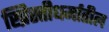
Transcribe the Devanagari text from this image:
ख्रिस्तीधर्मातील